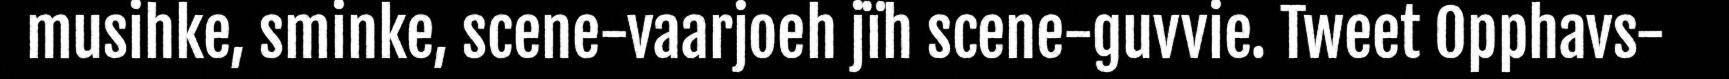
musihke, sminke, scene-vaarjoeh jïh scene-guvvie. Tweet Opphavs-